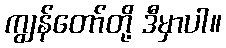
ကျွန်တော်တို့ ဒီမှာပါ။